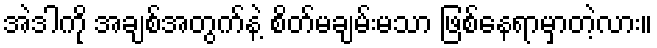
အဲဒါကို အချစ်အတွက်နဲ့ စိတ်မချမ်းမသာ ဖြစ်နေရာမှာတဲ့လား။